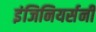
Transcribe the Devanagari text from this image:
इंजिनियर्सनी